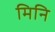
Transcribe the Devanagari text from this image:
मिनि